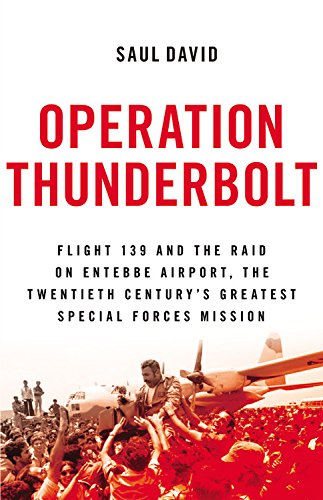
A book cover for Operation Thunderbolt: Flight 139 and the Raid on Entebbe Airport, the Most Audacious Hostage Rescue Mission in History; Saul David; History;